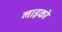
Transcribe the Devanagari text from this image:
लाइको